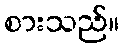
စားသည်။